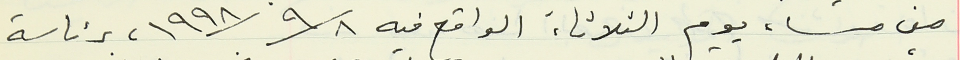
من مساء يوم الثلاثاء الواقع فيه ١٩٩٨/٩/٨, برئاسة